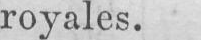
royales.